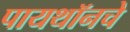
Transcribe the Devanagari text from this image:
पायथॉनचे